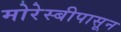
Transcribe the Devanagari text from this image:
मोरेस्बीपासून